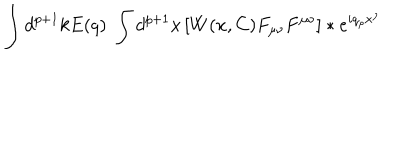
\int d ^ { p + 1 } k E ( q ) \; \int d ^ { p + 1 } x \left[ W ( x , C ) F _ { \mu \nu } F ^ { \mu \nu } \right] \ast e ^ { i q _ { \rho } x ^ { \rho } }